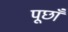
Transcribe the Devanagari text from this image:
पूछाँ